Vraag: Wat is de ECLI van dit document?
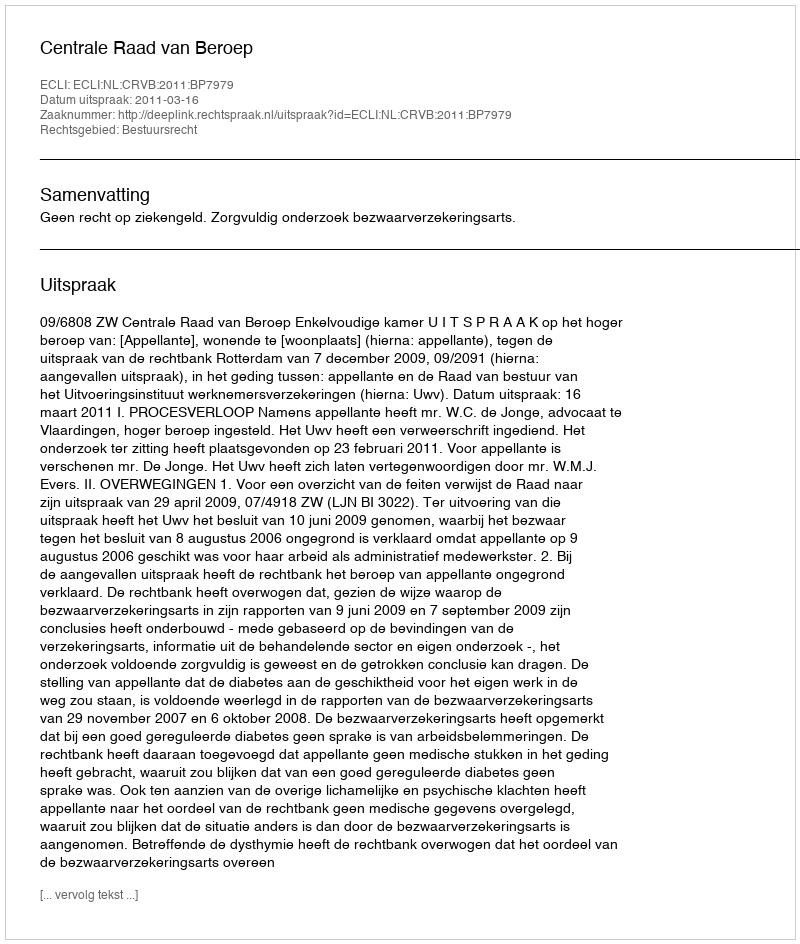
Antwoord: ECLI:NL:CRVB:2011:BP7979